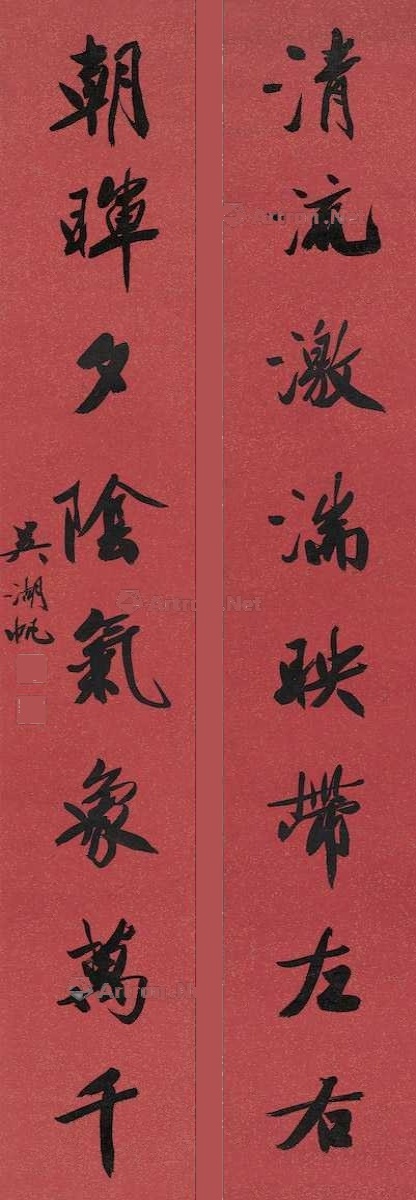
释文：清流激湍映带左右，朝晖夕阴气象万千。吴湖帆。